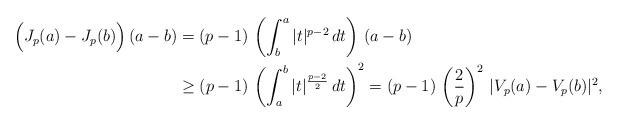
LaTeX: \begin{align*}\Big(J_p(a)-J_p(b)\Big)\,(a-b)&=(p-1)\,\left(\int_b^a |t|^{p-2}\,dt\right)\,(a-b)\\&\ge (p-1)\, \left(\int_a^b |t|^\frac{p-2}{2}\,dt\right)^2=(p-1)\,\left(\frac{2}{p}\right)^2\,|V_{p}(a)-V_{p}(b)|^2, \end{align*}